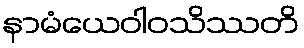
နာမံယေဝါဝသိဿတိ